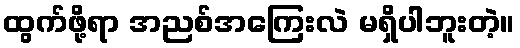
ထွက်ဖို့ရာ အညစ်အကြေးလဲ မရှိပါဘူးတဲ့။